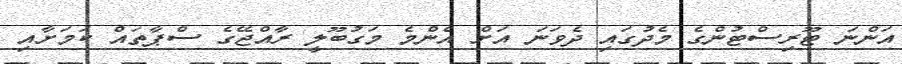
އަންނަ ޓޫރިސްޓުންގެ މެދުގައި ދެވަނަ އަށް އެންމެ މަގުބޫލީ ރާއްޖޭގެ ސްޕާތައް ކަމަށާއި